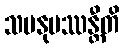
သမနုပဿန္တီတိ